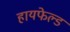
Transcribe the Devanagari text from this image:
हायफेल्ड